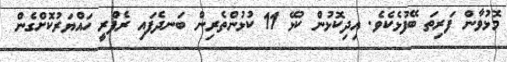
މޮޅުވާން ފަރިތަ ބޭފުޅެކެވެ. އިދިކޮޅުން ކުޅޭ 11 ކުޅުންތެރިން ބަނދެފައި ރެފްރީ ހައްޔަރުކޮށްގެން